Report on vaccination in the Province of Bengal - 1874-1889
Year: 1874
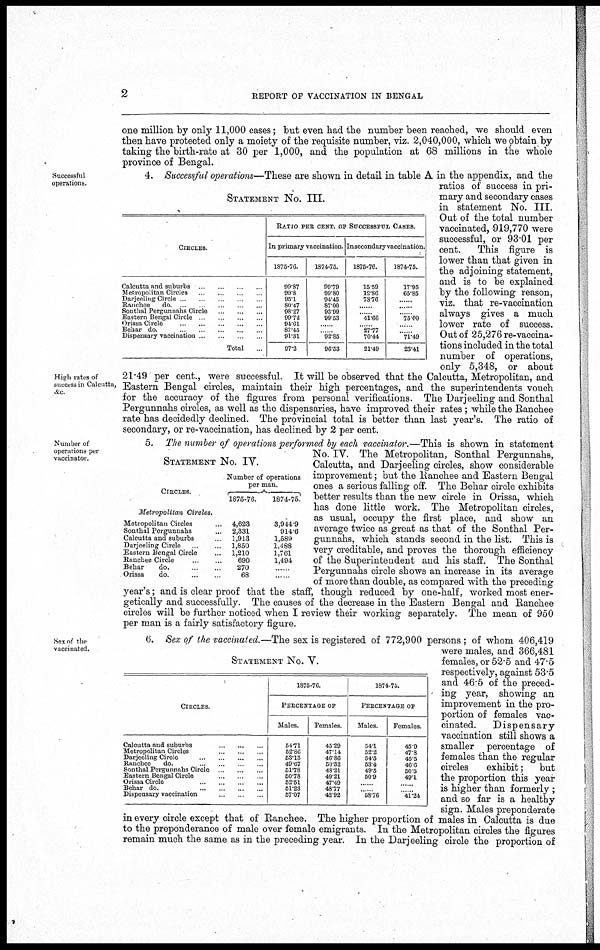
2
REPORT OF VACCINATION IN BENGAL
one million by only 11,000 cases; but even had the number been reached, we should even
then have protected only a moiety of the requisite number, viz. 2,040,000, which we obtain by
taking the birth-rate at 30 per 1,000, and the population at 68 millions in the whole
province of Bengal.
Successful
operations.
High rates of
success in Calcutta,
&c.
STATEMENT No. III.
CIRCLES
.. ... ... .
.. ... .. ...
Darjeeling Circle ..
Ranchee
do.
.
Sonthal Pergunnahs Circle.. ..
..
Eastern Bengal Circle.. ... . ..
Orissa Circle..
...
..
Behar
do.
.
.
..
.
Dispensary vaccination ..
Total...
RATIO PER CENT. OF SUCCESSFUL CASES.
In primary vaccination.
1875-76.
99.87
99.8
95.1
80.47
98.27
99.72
94.61
87.45
91.31
97.2
1874-75.
99.79
99.80
94.45
87.00
93.99
99.53
... .
.. 92.85
96.53
In secondary vaccination.
1875-76.
15.59
12.86
78.76
.. ...
.. . 41.66
. 27.77
70.44
21.49
1874-75.
17.95
65.85
...... . ...
... 75.00
... .
.... 71.49
23.41
4. Successful operations—These are shown in detail in table A in the appendix, and the
ratios of success in pri-
mary and secondary cases
in statement No. III.
Out of the total number
vaccinated, 919,770 were
successful, or 93.01 per
cent. This figure is
lower than that given in
the adjoining statement,
and is to be explained
by the following reason,
viz. that re-vaccination
always gives a much
lower rate of success.
Out of 25,276 re-vaccina-
tions included in the total
number of operations,
only 5,348, or about
21.49 per cent., were successful. It will be observed that the Calcutta, Metropolitan, and
Eastern Bengal circles, maintain their high percentages, and the superintendents vouch
for the accuracy of the figures from personal verifications. The Darjeeling and Sonthal
Pergunnahs circles, as well as the dispensaries, have improved their rates ; while the Ranchee
rate has decidedly declined. The provincial total is better than last year's. The ratio of
secondary, or re-vaccination, has declined by 2 per cent.
Number of
operations per
vaccinator.
STATEMENT No. IV.
CIRCLES.
Metropolitan
Circles.
Metropolitan Circles...
Sonthal Pergunnahs...
Calcutta and suburbs...
Darjeeling Circle...
Eastern Bengal Circle...
Ranchee Circle
...
Behar
do.
Orissa
do. ... .
Number of operations
per man.
1875-76.
4,623
2,331
1,913
1,850
1,210
690
270
68
1874-75.
3,944.9
914.6
1,589
1,488
1,761
1,494
... ... ..
5. The number of operations performed by each vaccinator.—This is shown in statement
No. IV. The Metropolitan, Sonthal Pergunnahs,
Calcutta, and Darjeeling circles, show considerable
improvement; but the Ranchee and Eastern Bengal
ones a serious falling off. The Behar circle exhibits
better results than the new circle in Orissa, which
has done little work. The Metropolitan circles,
as usual, occupy the first place, and show an
average twice as great as that of the Sonthal Per-
gunnahs, which stands second in the list. This is
very creditable, and proves the thorough efficiency
of the Superintendent and his staff. The Sonthal
Pergunnahs circle shows an increase in its average
of more than double, as compared with the preceding
year's; and is clear proof that the staff, though reduced by one-half, worked most ener-
getically and successfully. The causes of the decrease in the Eastern Bengal and Ranchee
circles will be further noticed when I review their working separately. The mean of 950
per man is a fairly satisfactory figure.
Sex of the
vaccinated.
STATEMENT No. V.
CIRCLES
Calcutta and suburbs..
...
...
Metropolitan Circles... ...
Darjeeling Circle
...
...
Ranchee
do. ... ...
Sonthal Pergunnahs Circle.. ...
Eastern Bengal Circle. ..
Orissa Circle... ...
Behar do.
Dispensary vaccination
1875-76.
PERCENTAGE OF
Males.
54.71
52.86
53.13
49.67
51.78
50.78
52.51
51.23
57.07
Females.
45.29
47.14
40.86
50.32
48.21
49.21
47.49
48.77
42.92
1874-75.
PERCENTAGE OF
Males.
54.1
52.2
54.5
53.4
49.5
50.9
...
... 58.76
Females.
45.9
47.8
45.5
46.6
50.5
49.1
...
... 41.24
6. Sex of the vaccinated.—The sex is registered of 772,900 persons ; of whom 406,419
were males, and 366,481
females, or 52.5 and 47.5
respectively, against 53.5
and 46.5 of the preced-
ing year, showing an
improvement in the pro-
portion of females vac-
cinated.
Dispensary
vaccination still shows a
smaller percentage of
females than the regular
circles
exhibit; but
the proportion this year
is higher than formerly;
and so far is a healthy
sign. Males preponderate
in every circle except that of Ranchee. The higher proportion of males in Calcutta is due
to the preponderance of male over female emigrants. In the Metropolitan circles the figures
remain much the same as in the preceding year. In the Darjeeling circle the proportion of